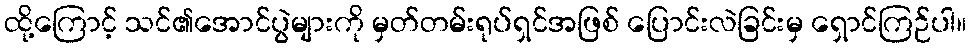
ထို့ကြောင့် သင်၏အောင်ပွဲများကို မှတ်တမ်းရုပ်ရှင်အဖြစ် ပြောင်းလဲခြင်းမှ ရှောင်ကြဉ်ပါ။